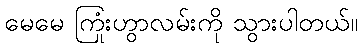
မေမေ ကြုံးဟွာလမ်းကို သွားပါတယ်။